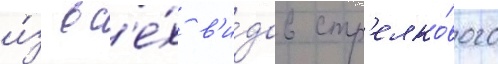
и́з вс'е́х в'и́дов стр'елко́вого